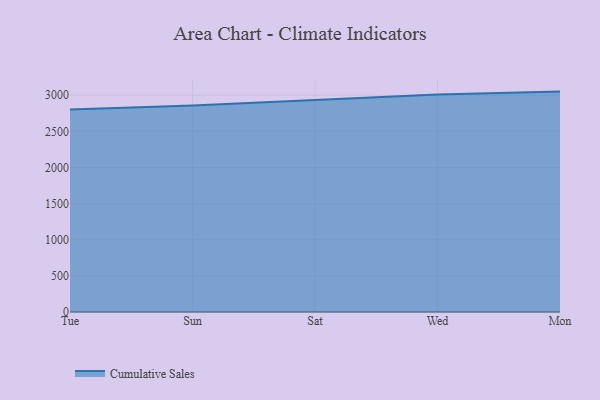
{"axis": {"x": "Day", "y": "Net Income (USD K)"}, "legend": ["Cumulative Sales"], "data": [{"x": "Tue", "y": 2804.2, "type": "Cumulative Sales"}, {"x": "Sun", "y": 2859.2, "type": "Cumulative Sales"}, {"x": "Sat", "y": 2936.2, "type": "Cumulative Sales"}, {"x": "Wed", "y": 3011.5, "type": "Cumulative Sales"}, {"x": "Mon", "y": 3050.8, "type": "Cumulative Sales"}]}